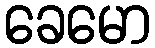
ခေမော